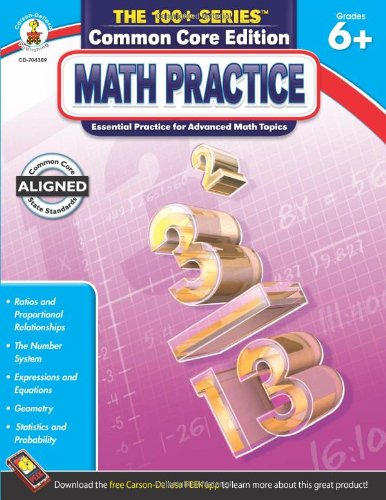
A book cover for Math Practice, Grades 6 - 8 (The 100+ Series(TM)); Science & Math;